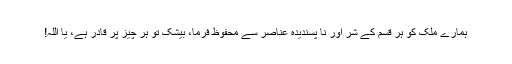
ہمارے ملک کو ہر قسم کے شر اور نا پسندیدہ عناصر سے محفوظ فرما، بیشک تو ہر چیز پر قادر ہے، یا اللہ!